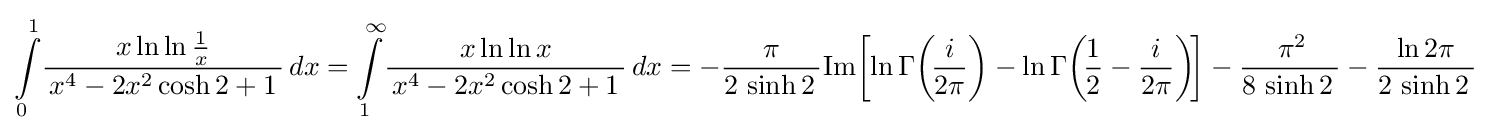
\int \limits _{0}^{1}\!{\frac {\,x\ln \ln {\frac {1}{x}}\,}{\,x^{4}-2x^{2}\cosh {2}+1\,}}\,dx=\int \limits _{1}^{\infty }\!{\frac {\,x\ln \ln {x}\,}{\,x^{4}-2x^{2}\cosh {2}+1\,}}\,dx=-{\frac {\,\pi \,}{2\,\sinh {2}\,}}\mathrm {Im} \!\left[\ln \Gamma \!\left(\!{\frac {i}{2\pi }}\right)-\ln \Gamma \!\left(\!{\frac {1}{2}}-{\frac {i}{2\pi }}\right)\!\right]-{\frac {\,\pi ^{2}}{8\,\sinh {2}\,}}-{\frac {\,\ln 2\pi \,}{2\,\sinh {2}\,}}